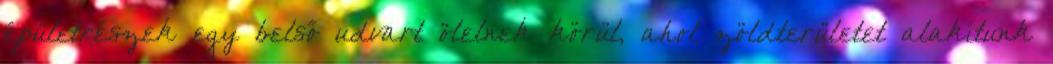
épületrészek egy belső udvart ölelnek körül, ahol zöldterületet alakítunk